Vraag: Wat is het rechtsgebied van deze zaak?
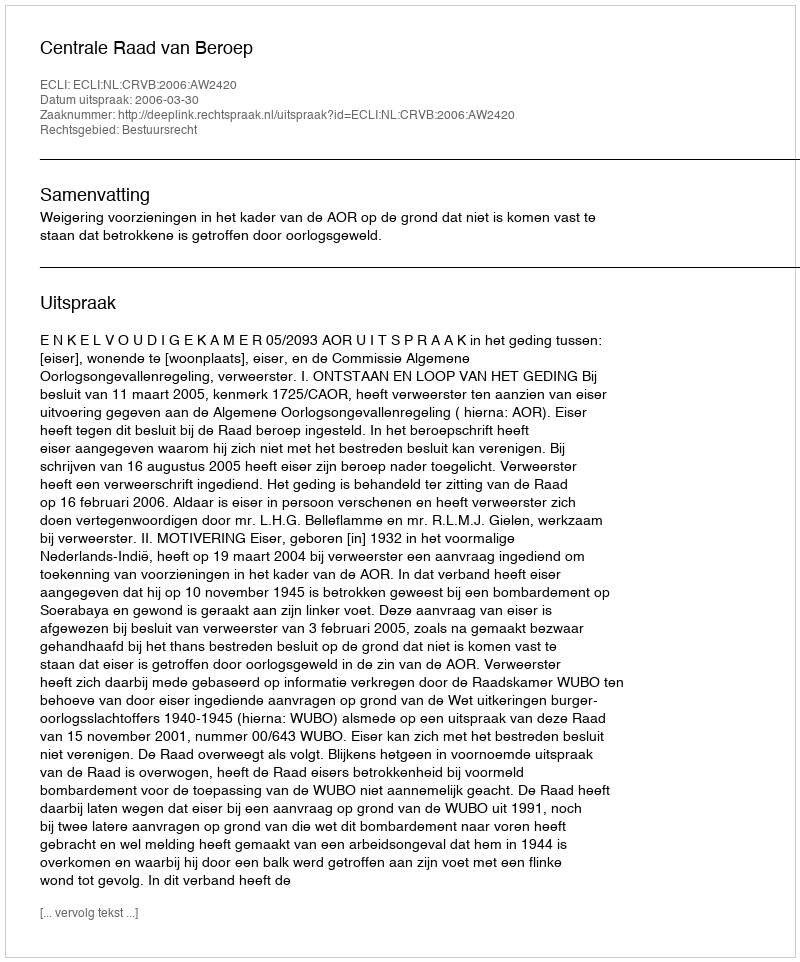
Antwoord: Bestuursrecht